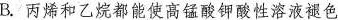
B.丙烯和乙烷都能使高锰酸钾酸性溶液褪色